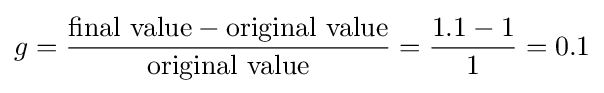
g={\frac {{\text{final value}}-{\text{original value}}}{\text{original value}}}={\frac {1.1-1}{1}}=0.1